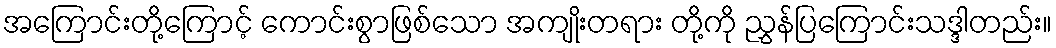
အကြောင်းတို့ကြောင့် ကောင်းစွာဖြစ်သော အကျိုးတရား တို့ကို ညွှန်ပြကြောင်းသဒ္ဒါတည်း။